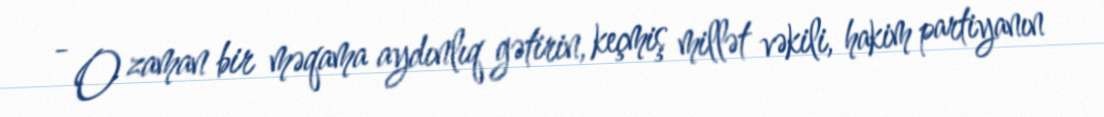
- O zaman bir məqama aydınlıq gətirin, keçmiş millət vəkili, hakim partiyanın